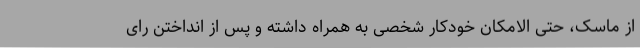
از ماسک، حتی الامکان خودکار شخصی به همراه داشته و پس از انداختن رای